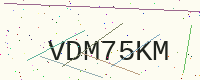
Text: VDM75KM